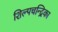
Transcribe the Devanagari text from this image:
शिल्पचन्द्रिका